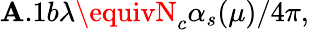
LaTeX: \mathbf{A}.1b\lambda\equivN_{c}\alpha_{s}(\mu)/4\pi,